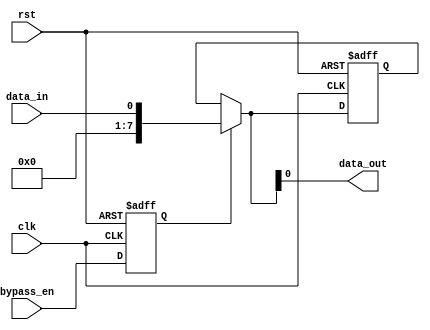
module SimpleBypassRegister(
    input wire clk,            // Clock input
    input wire rst,            // Reset input
    input wire bypass_en,      // Bypass enable input
    input wire data_in,        // Data input
    output reg data_out        // Data output
);

reg bypass_en_reg;            // Bypass enable register
reg [7:0] data_reg;           // Data register

always @(posedge clk or posedge rst) begin
    if (rst) begin
        bypass_en_reg <= 1'b0;
        data_reg <= 8'h00;
    end else begin
        bypass_en_reg <= bypass_en;
        
        if (bypass_en_reg) begin
            data_reg <= data_in;
        end else begin
            data_reg <= data_reg;
        end
    end
end

assign data_out = bypass_en_reg ? data_in : data_reg;

endmodule